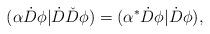
LaTeX: \begin{align*}(\alpha\dot{D}\phi|\dot{D}\check{D}\phi)=(\alpha^*\dot{D}\phi|\dot{D}\phi), \end{align*}